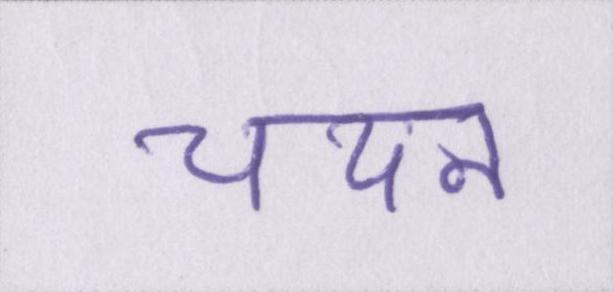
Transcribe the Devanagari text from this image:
चयन